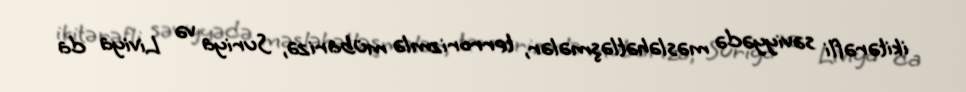
ikitərəfli səviyyədə məsləhətləşmələr, terrorizmlə mübarizə, Suriya və Liviya da